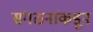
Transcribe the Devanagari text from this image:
संगठनांकडून